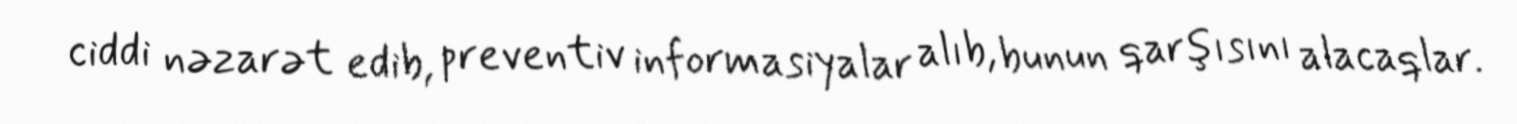
ciddi nəzarət edib, preventiv informasiyalar alıb, bunun qarşısını alacaqlar.